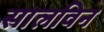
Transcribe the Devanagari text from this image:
सालविन